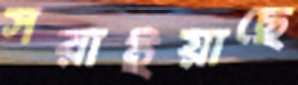
সরাইয়াছে